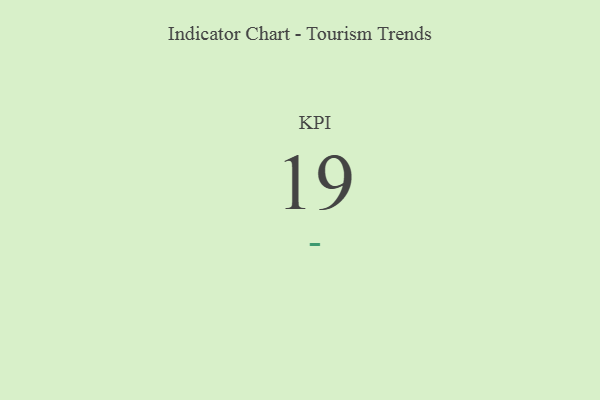
{"axis": {"x": "KPI", "y": "Value"}, "legend": [""], "data": [{"x": "KPI", "y": 19, "type": ""}]}